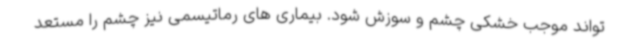
تواند موجب خشکی چشم و سوزش شود. بیماری های رماتیسمی نیز چشم را مستعد